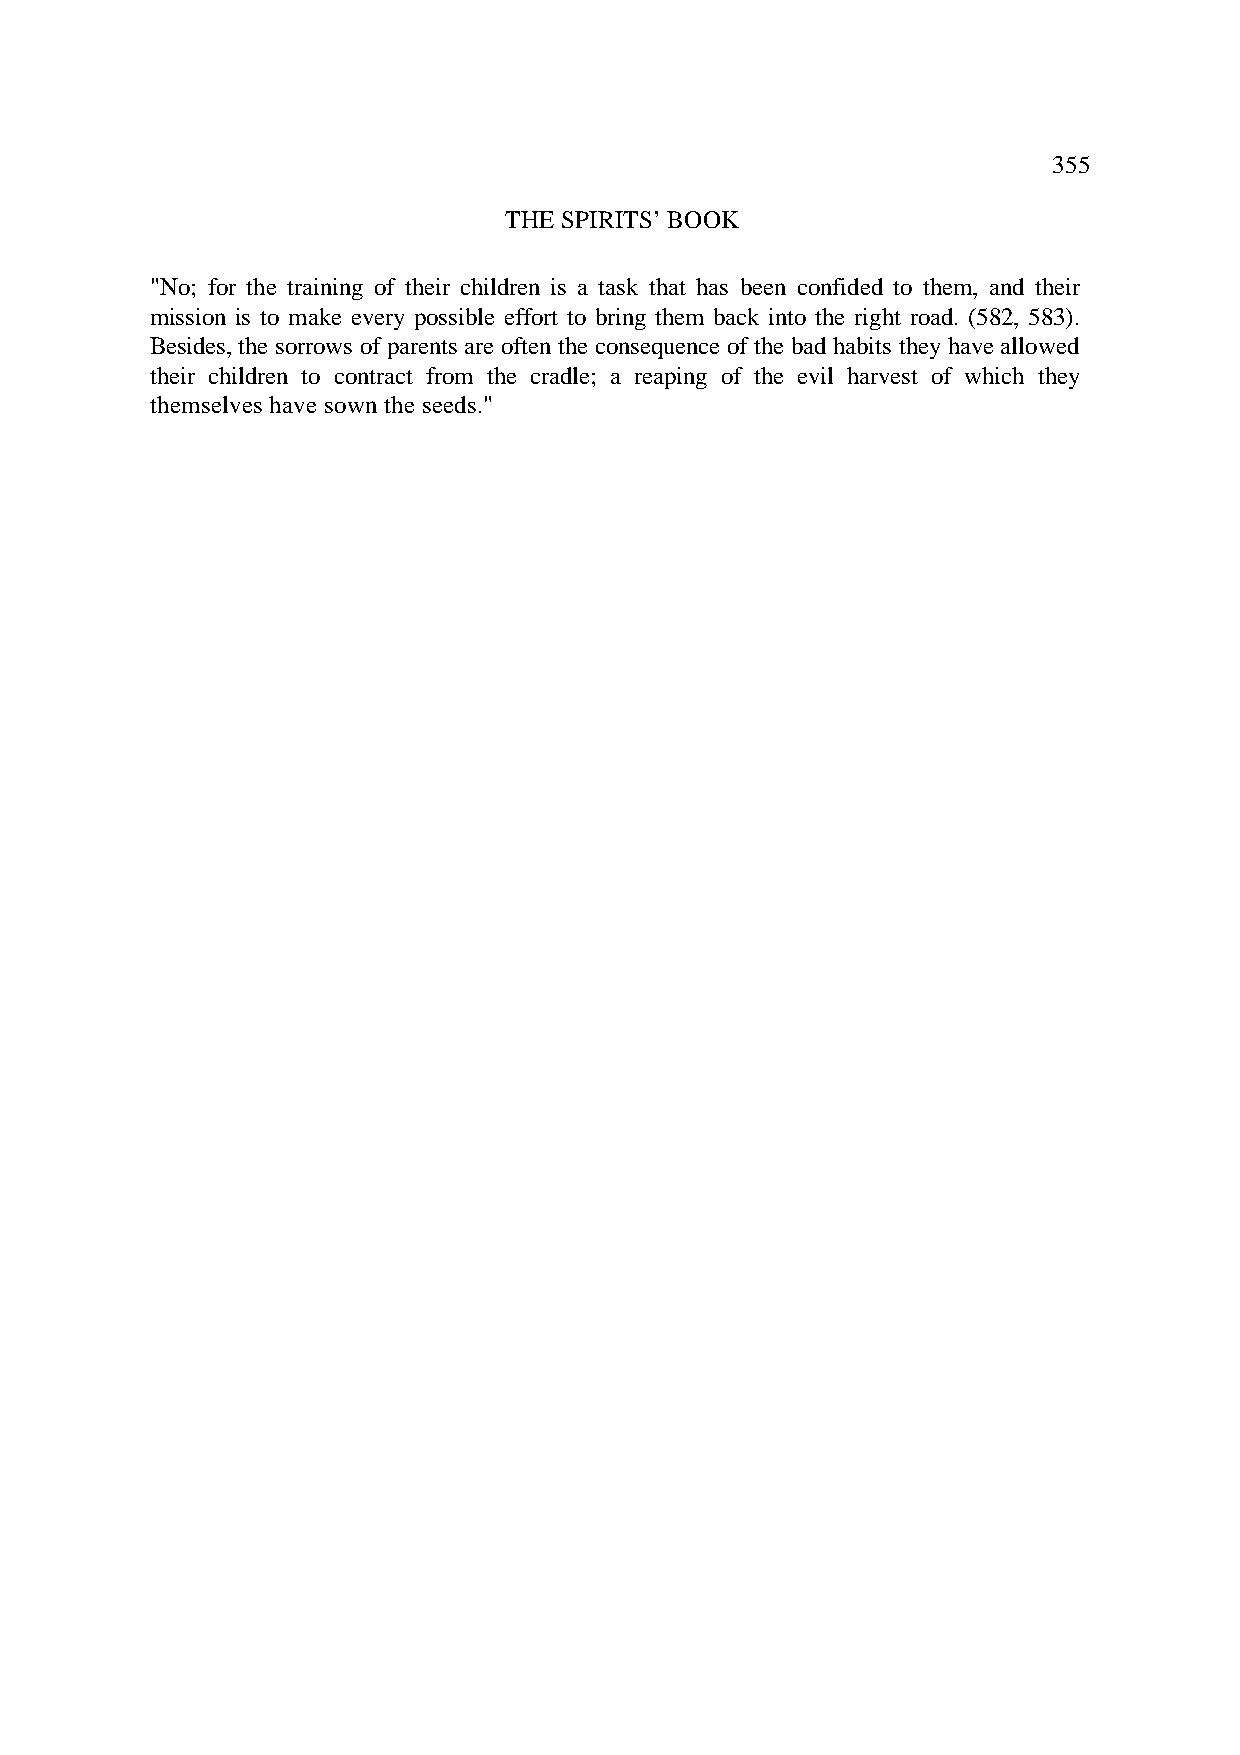
355
 THE SPIRITS’ BOOK
 "No; for the training of their children is a task that has been confided to them, and their
 mission is to make every possible effort to bring them back into the right road. (582, 583).
 Besides, the sorrows of parents are often the consequence of the bad habits they have allowed
 their children to contract from the cradle; a reaping of the evil harvest of which they
 themselves have sown the seeds."